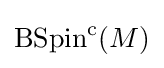
\operatorname {BSpin} ^{\mathrm {c} }(M)